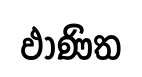
ඵාණිත